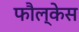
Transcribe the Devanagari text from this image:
फौल्केस